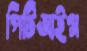
পিটিআইগ